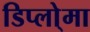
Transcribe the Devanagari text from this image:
डिप्लो्मा